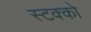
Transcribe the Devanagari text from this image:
स्टक्को